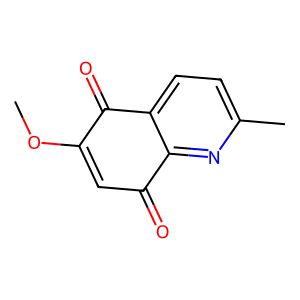
SMILES: COC1=CC(=O)c2nc(C)ccc2C1=O
Inhibits HIV replication: No